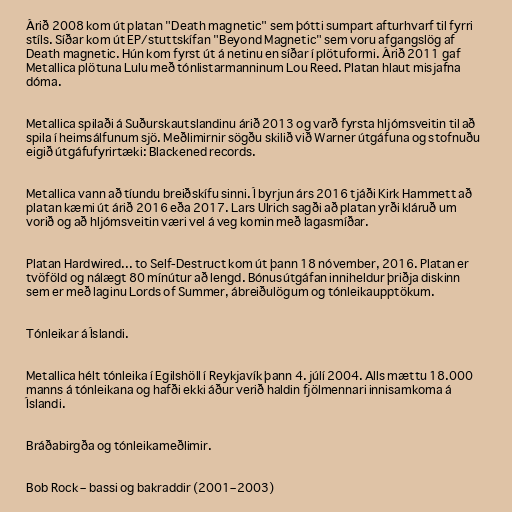
Árið 2008 kom út platan "Death magnetic" sem þótti sumpart afturhvarf til fyrri
stíls. Síðar kom út EP/stuttskífan "Beyond Magnetic" sem voru afgangslög af
Death magnetic. Hún kom fyrst út á netinu en síðar í plötuformi. Árið 2011 gaf
Metallica plötuna Lulu með tónlistarmanninum Lou Reed. Platan hlaut misjafna
dóma.

Metallica spilaði á Suðurskautslandinu árið 2013 og varð fyrsta hljómsveitin til að
spila í heimsálfunum sjö. Meðlimirnir sögðu skilið við Warner útgáfuna og stofnuðu
eigið útgáfufyrirtæki: Blackened records.

Metallica vann að tíundu breiðskífu sinni. Í byrjun árs 2016 tjáði Kirk Hammett að
platan kæmi út árið 2016 eða 2017. Lars Ulrich sagði að platan yrði kláruð um
vorið og að hljómsveitin væri vel á veg komin með lagasmíðar.

Platan Hardwired... to Self-Destruct kom út þann 18 nóvember, 2016. Platan er
tvöföld og nálægt 80 mínútur að lengd. Bónusútgáfan inniheldur þriðja diskinn
sem er með laginu Lords of Summer, ábreiðulögum og tónleikaupptökum.

Tónleikar á Íslandi.

Metallica hélt tónleika í Egilshöll í Reykjavík þann 4. júlí 2004. Alls mættu 18.000
manns á tónleikana og hafði ekki áður verið haldin fjölmennari innisamkoma á
Íslandi.

Bráðabirgða og tónleikameðlimir.

Bob Rock – bassi og bakraddir (2001–2003)